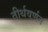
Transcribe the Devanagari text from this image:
तीर्थवर्णन